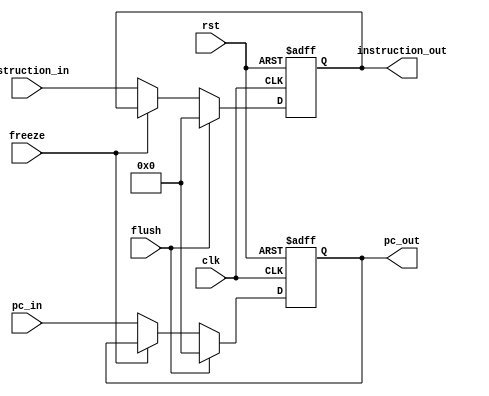
module IFReg (
    clk,
    rst,
    freeze,
    flush,
    pc_in,
    instruction_in,
    pc_out,
    instruction_out
);
    //TODO: add flush

    input clk, rst, freeze, flush;
    input [31:0] pc_in, instruction_in;
    output reg [31:0] pc_out, instruction_out;
    always @(posedge clk, posedge rst) begin
        if (rst) begin
            pc_out <= 32'd0;
            instruction_out <= 32'd0;
        end
        else if (flush) begin
            pc_out <= 32'd0;
        instruction_out <= 32'd0;
        end
        else if(~freeze) begin
            pc_out <= pc_in;
            instruction_out <= instruction_in;
        end
    end
endmodule